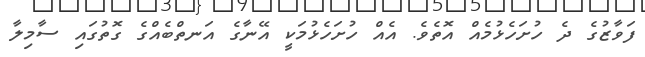
ފަވާޒުގެ ދެ ހުށަހެޅުމެއް އޮތެވެ. އެއް ހުށަހެޅުމަކީ އޭނާގެ އަނތްބެއްގެ ގޮތުގައި ސާމިލާ